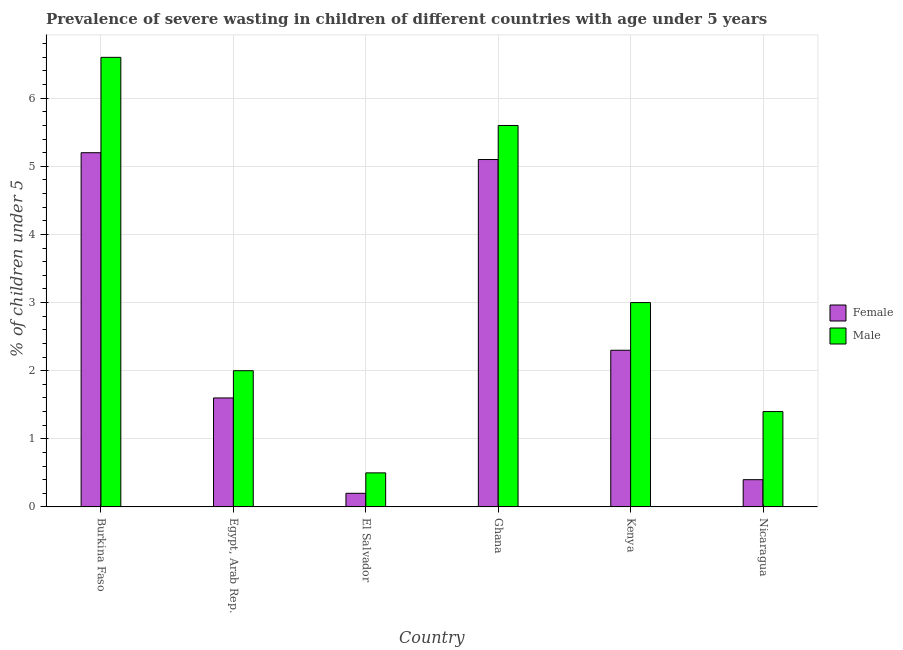
| Country | Female | Male |
 | --- | --- | --- |
 | Burkina Faso | 5.2 | 6.6 |
 | Egypt, Arab Rep. | 1.6 | 2 |
 | El Salvador | 0.2 | 0.5 |
 | Ghana | 5.1 | 5.6 |
 | Kenya | 2.3 | 3 |
 | Nicaragua | 0.4 | 1.4 |